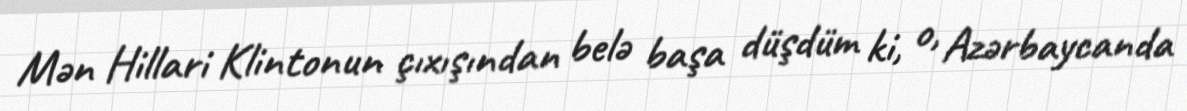
Mən Hillari Klintonun çıxışından belə başa düşdüm ki, o, Azərbaycanda